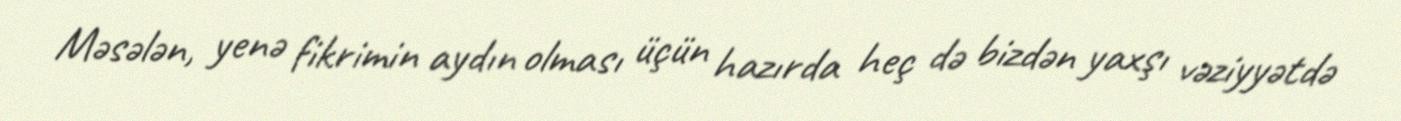
Məsələn, yenə fikrimin aydın olması üçün hazırda heç də bizdən yaxşı vəziyyətdə